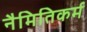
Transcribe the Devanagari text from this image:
नैमितिकर्म